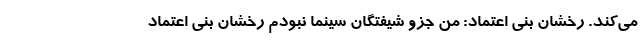
می‌کند. رخشان بنی اعتماد: من جزو شیفتگان سینما نبودم رخشان بنی اعتماد